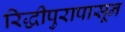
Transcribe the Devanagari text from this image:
रिद्धीपुरापासून